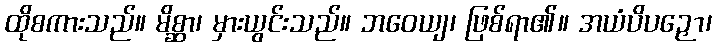
ထိုစကားသည်။ မိစ္ဆာ၊ မှားယွင်းသည်။ ဘဝေယျ၊ ဖြစ်ရာ၏။ အယံပိပဉှော၊